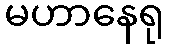
မဟာနေရု